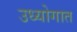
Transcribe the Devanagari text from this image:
उध्योगात